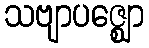
သဗျာပဇ္ဈော